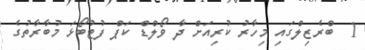
1  ބްރެޒިލްގައި މިހާރު ކުރިއަށް ދާ ވޯލްޑް ކަޕް ފުޓުބޯޅަ މުބާރާތުގެ